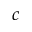
c